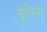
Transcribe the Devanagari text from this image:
यूलिना